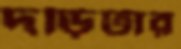
দড়িটার